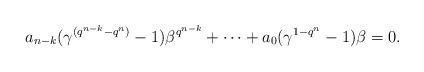
LaTeX: \begin{align*} a_{n-k}(\gamma^{(q^{n-k}-q^n)}-1)\beta^{q^{n-k}}+\cdots +a_0(\gamma^{1-q^n}-1)\beta=0. \end{align*}